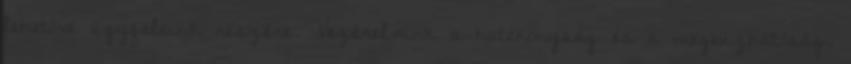
lehetővé ügyfeleink részére. Vezérelvünk a hatékonyság és a megbízhatóság.